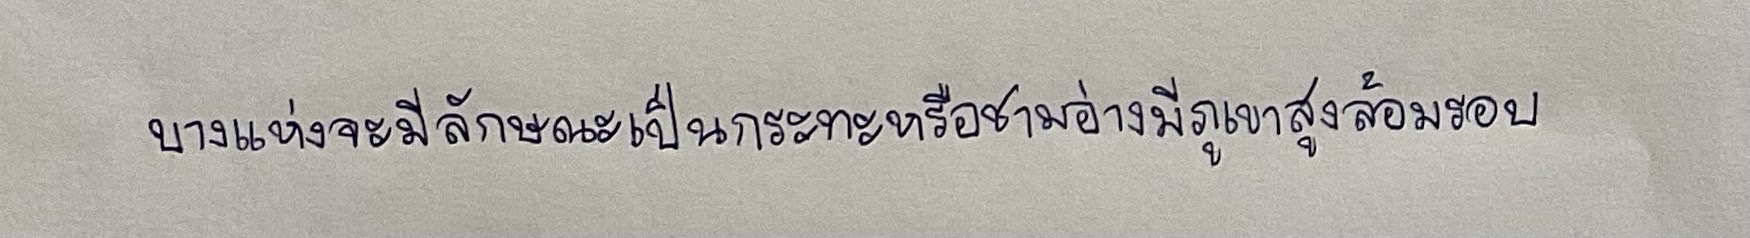
บางแห่งจะมีลักษณะเป็นกระทะหรือชามอ่างมีภูเขาสูงล้อมรอบ